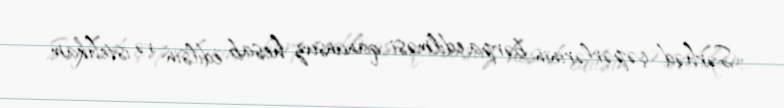
Sərhəd çəpərlərinin bərpa edilməsi qanunsuz hesab edilsin və istehkam